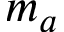
m _ { a }